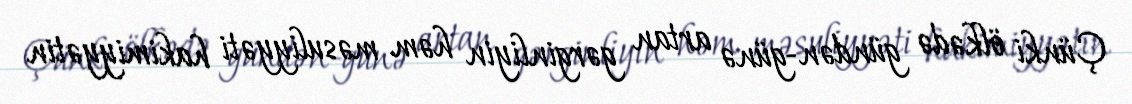
Çünki ölkədə gündən-günə artan gərginliyin həm məsuliyyəti hakimiyyətin